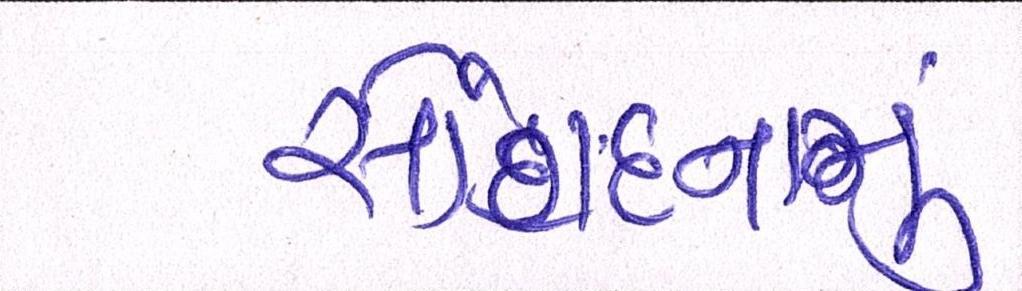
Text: સોંગદનામું